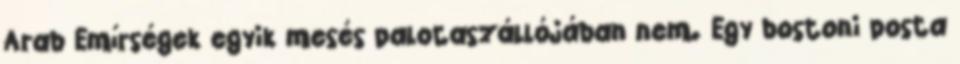
Arab Emírségek egyik mesés palotaszállójában nem. Egy bostoni posta